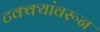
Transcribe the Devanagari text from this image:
टक्‍क्‍यांवरून